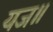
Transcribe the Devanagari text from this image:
यज॥